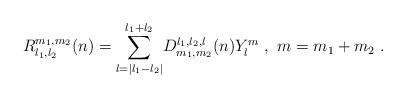
LaTeX: \begin{align*} R^{m_{1},m_{2}}_{l_{1},l_{2}}(n) = \displaystyle{\sum_{l=|l_1-l_2|}^{l_1+l_2}}D_{m_{1},m_{2}}^{l_{1},l_{2},l}(n)Y^{m}_l \ , \ m=m_1+m_2 \ .\end{align*}